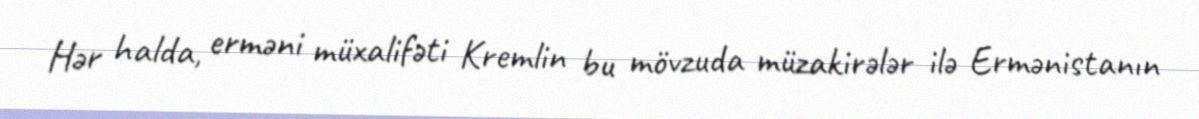
Hər halda, erməni müxalifəti Kremlin bu mövzuda müzakirələr ilə Ermənistanın